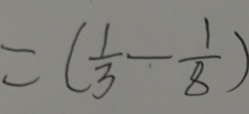
= ( \frac { 1 } { 3 } - \frac { 1 } { 8 } )